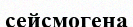
сейсмогена